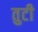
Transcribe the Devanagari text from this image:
तुटी